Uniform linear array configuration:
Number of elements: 12
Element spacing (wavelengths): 0.5
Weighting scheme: uniform
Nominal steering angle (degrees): -60
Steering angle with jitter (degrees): -59.894
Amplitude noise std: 0.05
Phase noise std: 0.05

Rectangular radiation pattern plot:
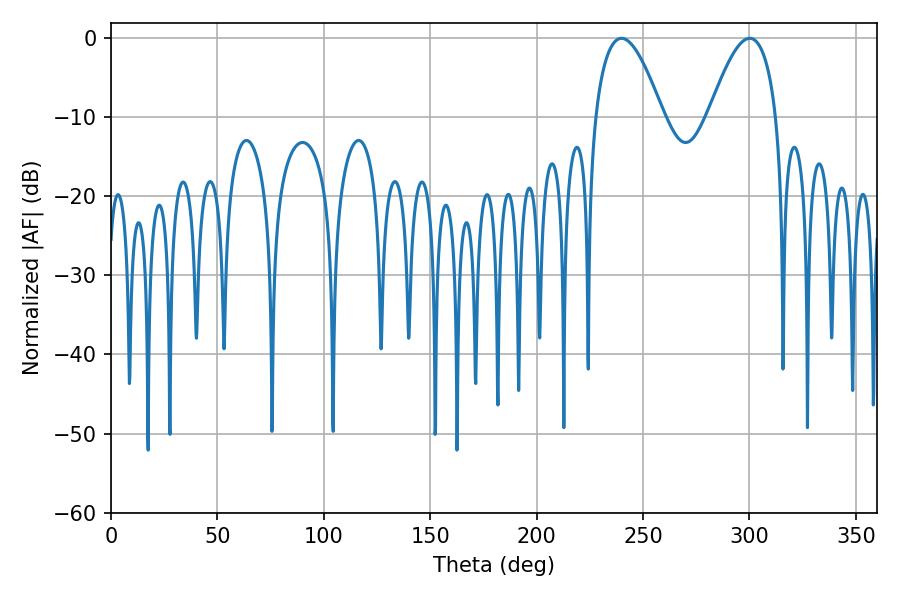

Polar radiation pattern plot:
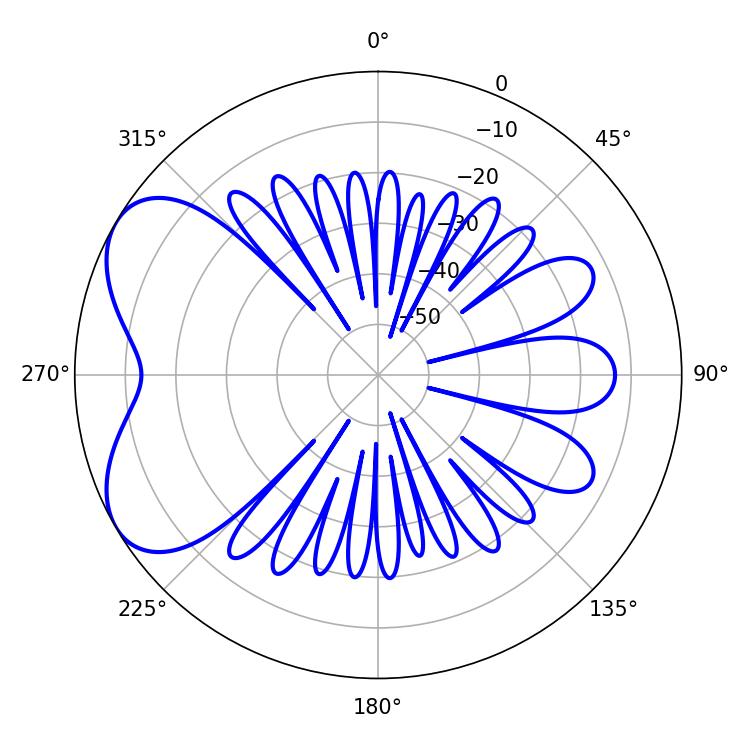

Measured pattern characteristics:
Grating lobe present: FALSE
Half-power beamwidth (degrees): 17.46
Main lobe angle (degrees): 239.94